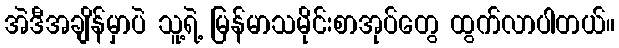
အဲဒီအချိန်မှာပဲ သူ့ရဲ့ မြန်မာသမိုင်းစာအုပ်တွေ ထွက်လာပါတယ်။